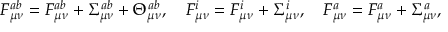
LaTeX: { \cal F } _ { \mu \nu } ^ { a b } = F _ { \mu \nu } ^ { a b } + \Sigma _ { \mu \nu } ^ { a b } + \Theta _ { \mu \nu } ^ { a b } , \ \ \ { \cal F } _ { \mu \nu } ^ { i } = F _ { \mu \nu } ^ { i } + \Sigma _ { \mu \nu } ^ { i } , \ \ \ { \cal F } _ { \mu \nu } ^ { a } = F _ { \mu \nu } ^ { a } + \Sigma _ { \mu \nu } ^ { a } ,